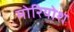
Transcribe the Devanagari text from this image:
मोरियोश